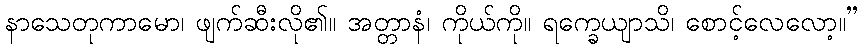
နာသေတုကာမော၊ ဖျက်ဆီးလို၏။ အတ္တာနံ၊ ကိုယ်ကို။ ရက္ခေယျာသိ၊ စောင့်လေလော့။”